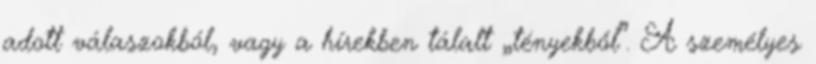
adott válaszokból, vagy a hírekben tálalt „tényekből”. A személyes